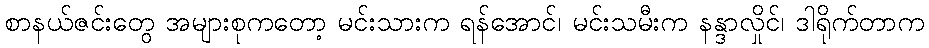
စာနယ်ဇင်းတွေ အများစုကတော့ မင်းသားက ရန်အောင်၊ မင်းသမီးက နန္ဒာလှိုင်၊ ဒါရိုက်တာက